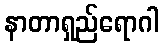
နာတာရှည်ရောဂါ